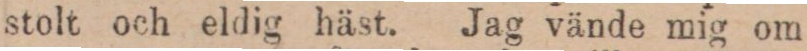
stolt och eldig häst. Jag vände mig om